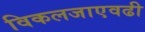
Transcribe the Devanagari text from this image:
विकलजाएवढी